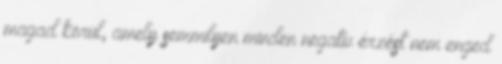
magad körül, amely semmilyen minden negatív érzést nem enged